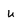
Character: u